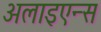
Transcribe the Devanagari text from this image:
अलाइएन्स